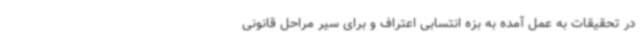
در تحقیقات به عمل آمده به بزه انتسابی اعتراف و برای سیر مراحل قانونی